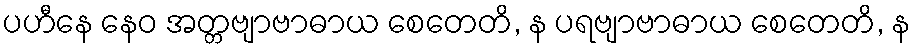
ပဟီနေ နေဝ အတ္တဗျာဗာဓာယ စေတေတိ, န ပရဗျာဗာဓာယ စေတေတိ, န